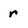
Character: r